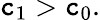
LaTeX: \mathtt{c}_{1}>\mathtt{c}_{0}.